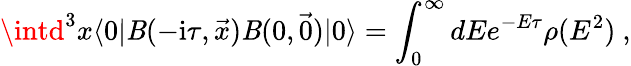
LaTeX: \intd^{3}x\langle0|\mathit{B}(-\mathrm{{i}}\tau,\vec{{x}})\mathit{B}(0,\vec{{0}})|0\rangle=\int_{0}^{\infty}dEe^{-E\tau}\rho(E^{2})\ ,